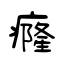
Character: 癃